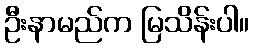
ဦးနာမည်က မြသိန်းပါ။